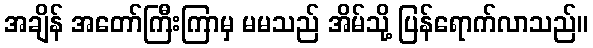
အချိန် အတော်ကြီးကြာမှ မမသည် အိမ်သို့ ပြန်ရောက်လာသည်။